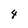
Character: 4